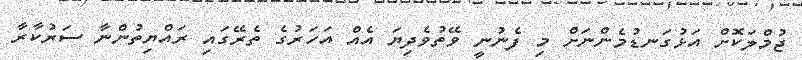
ޖުމްލަކޮށް އަޅުގަނޑުމެންނަށް މި ފެނުނީ ވޭތުވެދިޔަ އެއް އަހަރުގެ ތެރޭގައި ރައްޔިތުންނާ ސަރުކާރާ